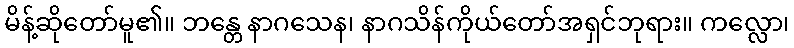
မိန့်ဆိုတော်မူ၏။ ဘန္တေ နာဂသေန၊ နာဂသိန်ကိုယ်တော်အရှင်ဘုရား။ ကလ္လော၊